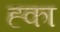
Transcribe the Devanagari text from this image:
ह्का